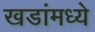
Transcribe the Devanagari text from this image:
खडांमध्ये